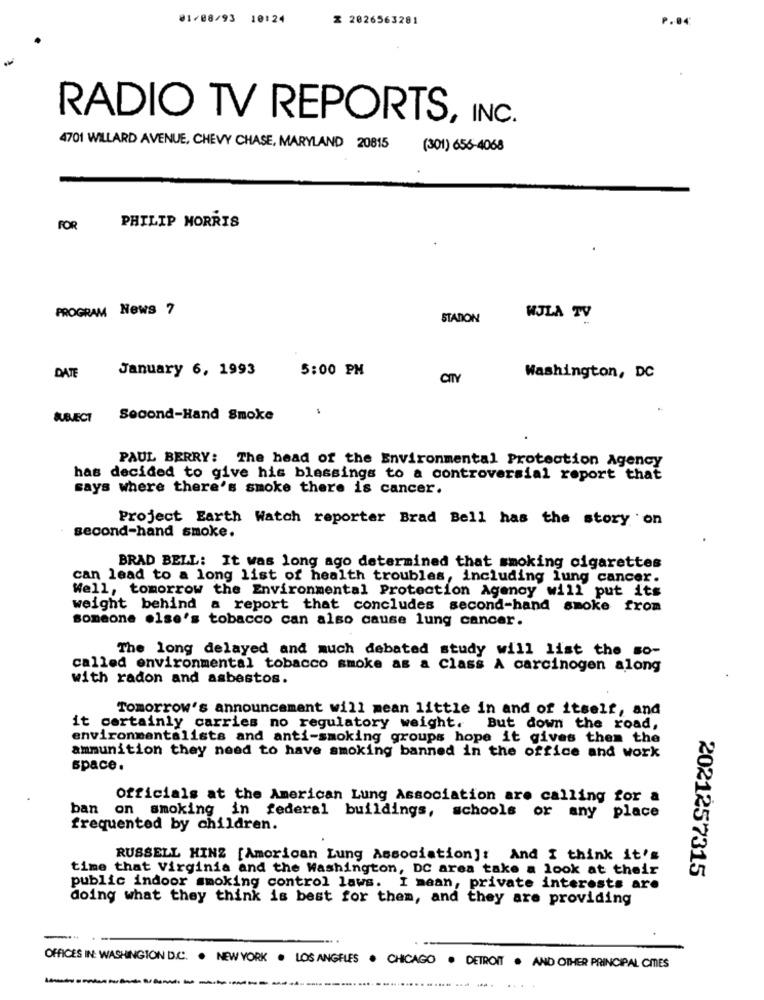
01/08/93 10:24
Z 2026563281
P.04
RADIO TV REPORTS, INC.
4701 WILLARD AVENUE, CHEVY CHASE, MARYLAND 20815
(301) 656-4068
FOR PHILIP MORRIS
PROGRAM News 7
STADION
WJLA TV
January 6, 1993
5:00 PM
DATE
CITY
Washington, DC
SUBJECT
Second-Hand Smoke
PAUL BERRY: The head of the Environmental Protection Agency
has decided to give his blessings to a controversial report that
says where there's smoke there is cancer.
Project Earth Watch reporter Brad Bell has the story on
second-hand smoke.
BRAD BELL: It was long ago determined that smoking cigarettes
can lead to a long list of health troubles, including lung cancer.
Well, tomorrow the Environmental Protection Agency will put its
weight behind a report that concludes second-hand smoke from
someone else's tobacco can also cause lung cancer.
The long delayed and much debated study will list the so-
called environmental tobacco smoke as a Class A carcinogen along
with radon and asbestos.
Tomorrow's announcement will mean little in and of itself, and
it certainly carries no regulatory weight.
But down the road,
environmentalists and anti-smoking groups hope it gives them the
ammunition they need to have smoking banned in the office and work
space.
Officials at the American Lung Association are calling for a
ban on smoking in federal buildings, schools or any place
frequented by children.
RUSSELL HINZ [American Lung Association]: And I think it's
time that Virginia and the Washington, DC area take a look at their
2021257315
public indoor smoking control laws. I mean, private interests are
doing what they think is best for them, and they are providing
OFFICES IN: WASHINGTON D.C. . NEW YORK
LOS ANGELES.
CHICAGO . DETROIT . AND OTHER PRINCIPAL CIES